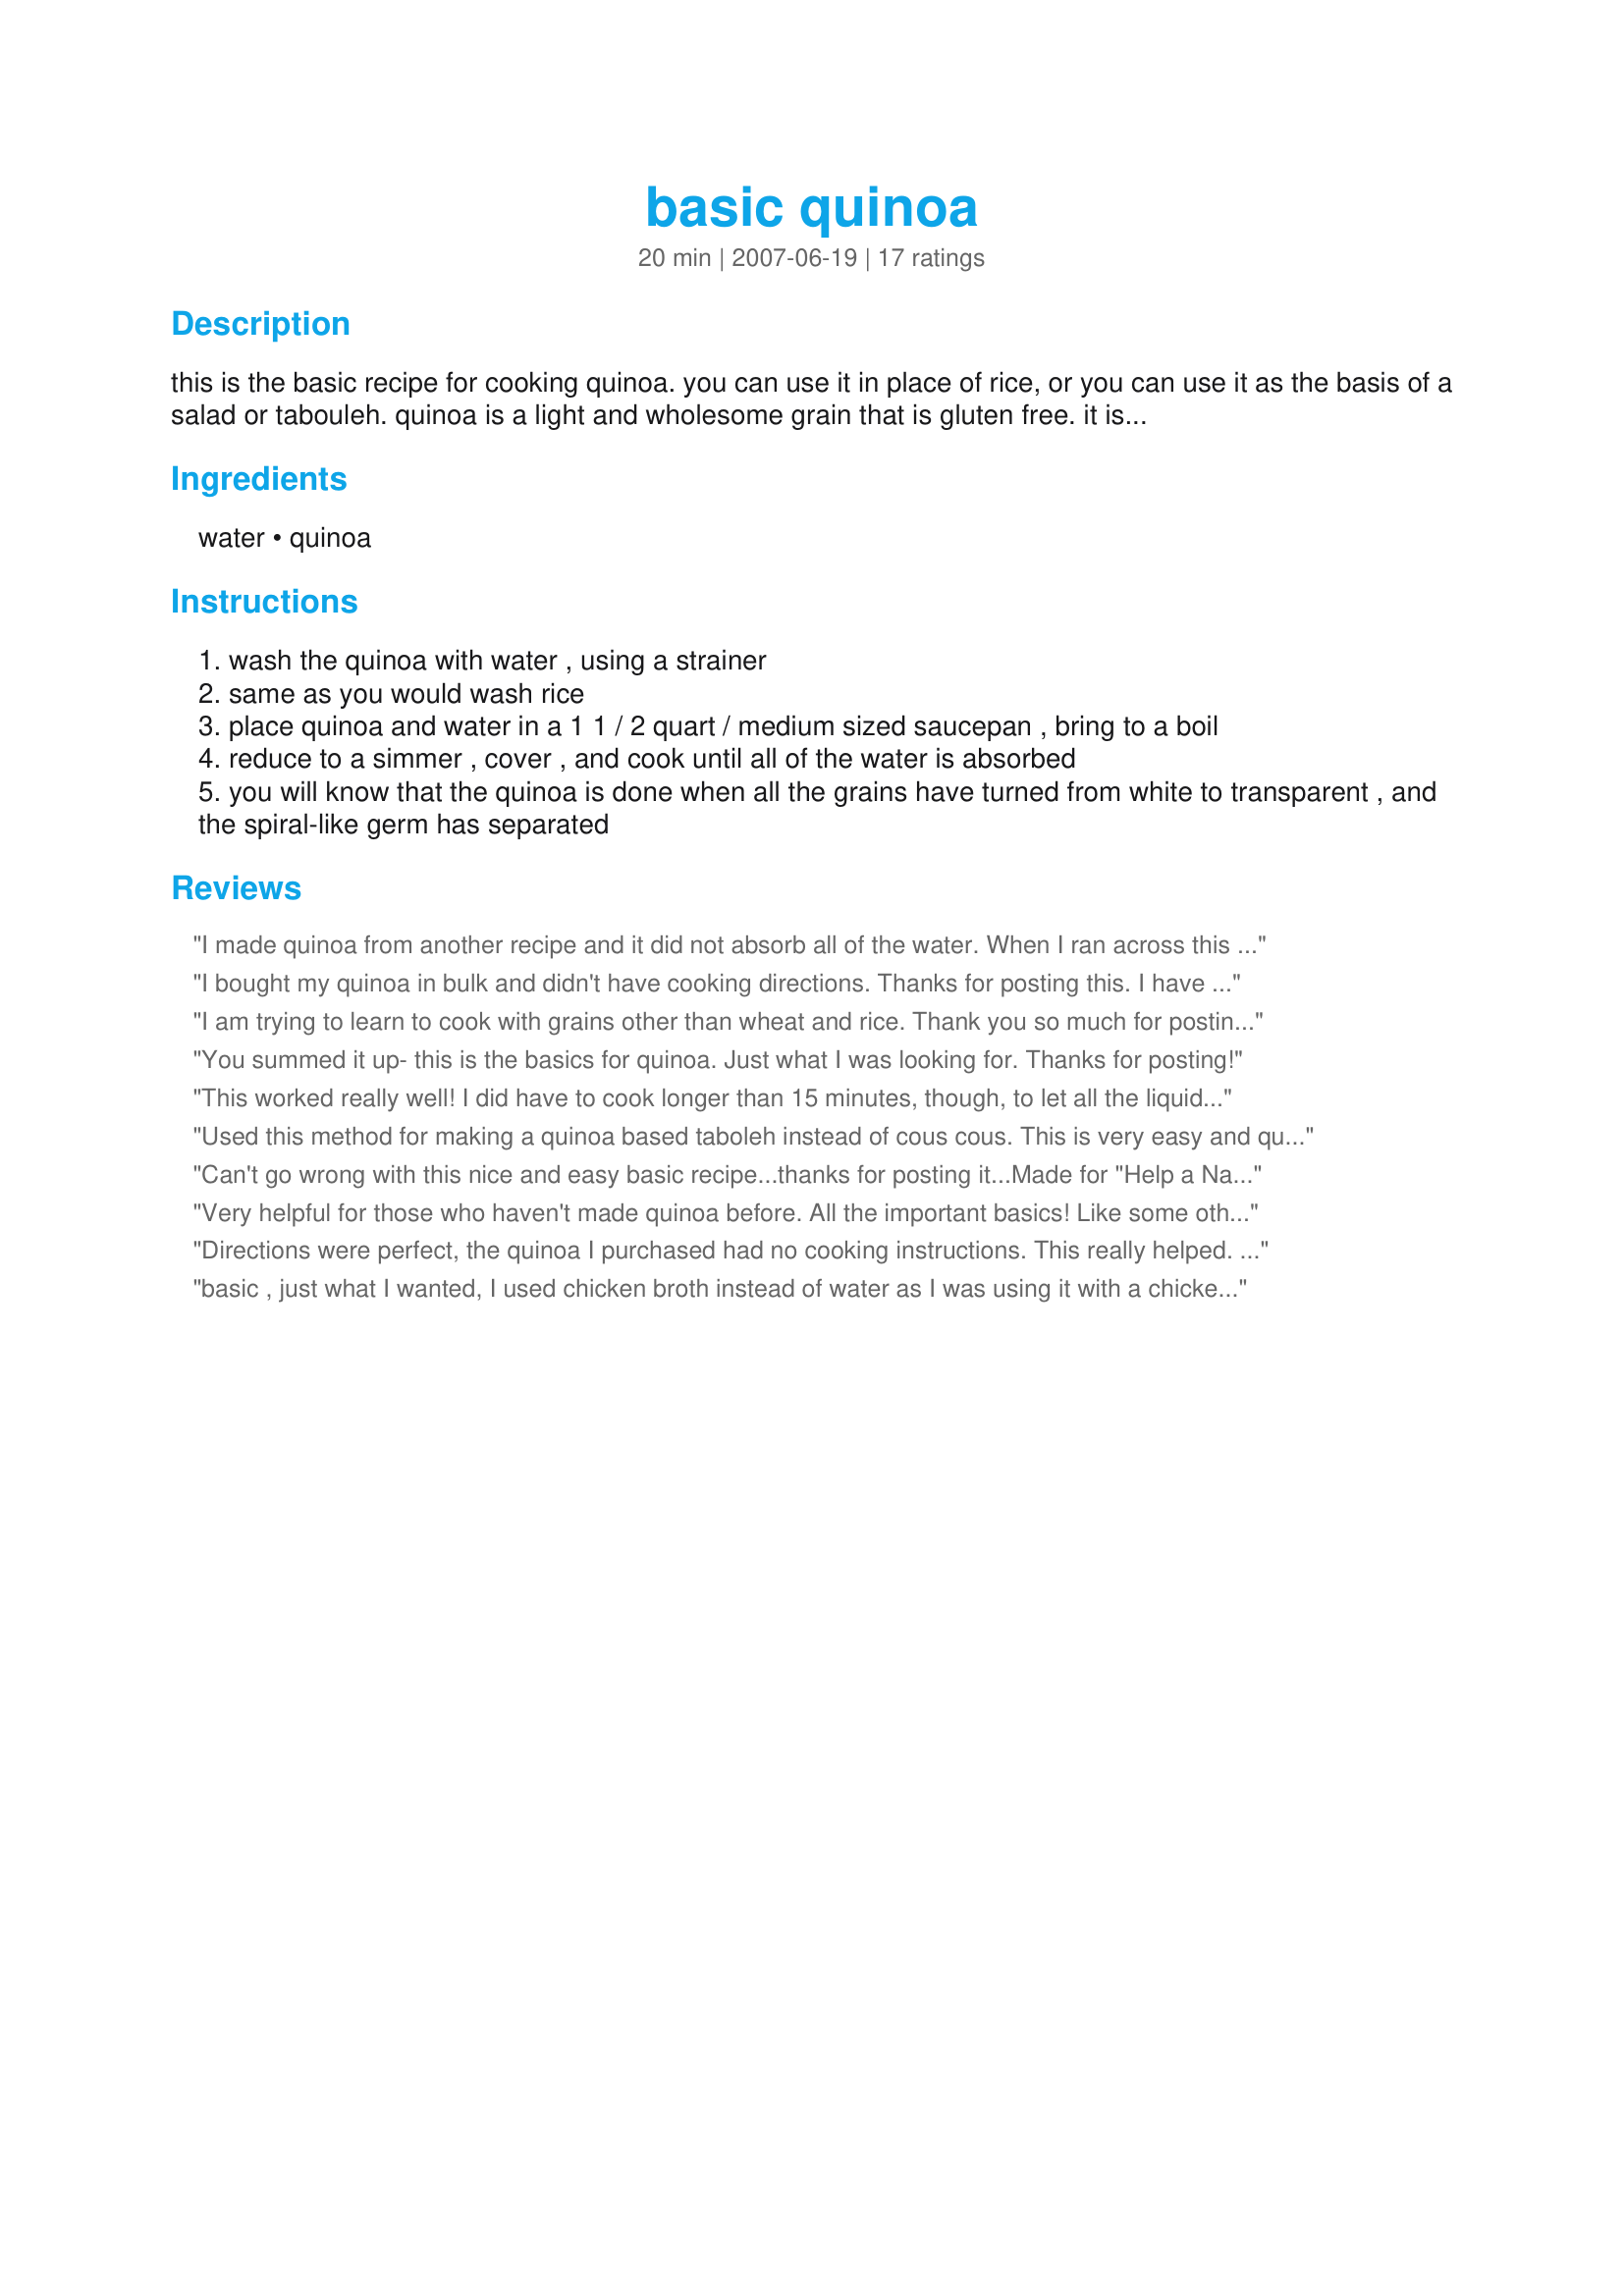
basic quinoa
Preparation time: 20 minutes

this is the basic recipe for cooking quinoa. you can use it in place of rice, or you can use it as the basis of a salad or tabouleh. quinoa is a light and wholesome grain that is gluten free. it is prepared quickly and easily with this basic method. this recipe makes 3 cups of cooked quinoa

Ingredients:
water, quinoa

Steps:
wash the quinoa with water , using a strainer
same as you would wash rice
place quinoa and water in a 1 1 / 2 quart / medium sized saucepan , bring to a boil
reduce to a simmer , cover , and cook until all of the water is absorbed
you will know that the quinoa is done when all the grains have turned from white to transparent , and the spiral-like germ has separated

Reviews:
I made quinoa from another recipe and it did not absorb all of the water. When I ran across this recipe I was amazed as Ihad never known what it was suppose to look like nor how to get it to that stage. Thank you for teaching me the basics I lovesd having that knowledge you inserted at the end
I bought my quinoa in bulk and didn't have cooking directions. Thanks for posting this. I have made it with water before, but this time I used some chicken broth for a little extra flavor.
I am trying to learn to cook with grains other than wheat and rice. Thank you so much for posting this recipe. My first time making quinoa and it turned out delicious.
You summed it up- this is the basics for quinoa. Just what I was looking for. Thanks for posting!
This worked really well! I did have to cook longer than 15 minutes, though, to let all the liquid be absorbed. I toasted my quinoa after washing it (per another recipe instructions) and let it cool. Then I cooked as directed in this recipe, but using vegetable stock. Came out really well - thanks for sharing!
Used this method for making a quinoa based taboleh instead of cous cous. This is very easy and quick.Happy cooking. Thanks for posting. Miss Pixie x x x :D
Can't go wrong with this nice and easy basic recipe...thanks for posting it...Made for "Help a Naked Recipe" tag game for recipes without photos...
Very helpful for those who haven't made quinoa before. All the important basics! Like some other reviewers, I like to use vegetable or chicken broth for more flavor. Thanks.
Directions were perfect, the quinoa I purchased had no cooking instructions. This really helped. Thanks!
basic , just what I wanted, I used chicken broth instead of water as I was using it with a chicken stir fry, thanks!
I used this recipe and it worked perfectly. Next time I will try cooking in broth for a little more flavor. Thanks so much for posting a keeper!!!!!!!!
I wanted the basic recipe that would give me the ratio of liquid to grain, and this recipe had it. (two parts liquid to one part grain) I substituted regular College Inn chicken broth for water and it came out as a delicious accompaniment to a Chicken Proven&ccedil;al.&lt;br/&gt;&lt;br/&gt;I have to admit I toasted it first, like I do rice, by heating it in a tsp of oil in the pan for about 5 minutes before I added the broth. As I hoped, it gave it a delicious toasty flavor! I&#039;m looking forward to building off of this recipe to prepare this healthful grain more often!
Just the basics. The visual clues at the end really made this recipe! Thanks for posting!
Thanks for the foundation recipe! I had never made quinoa before last night... I made it as a seasoned "rice" and it came out great.
Thank you for posting this!
Mine turned out perfectly using this recipe. It was my first time cooking quinoa and I have to say it is VERY yummy. I mixed some cooked quinoa with my yogurt today.
Thanks for the directions! Used vegetable broth instead of water. Perfect!
Thank you, this was so helpful. I last tried making quinoa in my rice cooker and it didn&#039;t go well. Won&#039;t write it off completely, and will probably try again in the future, but thought I&#039;d play it safe by cooking it on the stove this time. What I did differently: I soaked the quinoa in the fridge overnight and, because of that, reduced the water to one cup and a half. It cooked in much less time, eight minutes!
